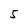
Character: 5